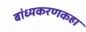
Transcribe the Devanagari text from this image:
बांध्यकरणकहा